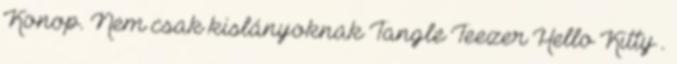
Konop. Nem csak kislányoknak Tangle Teezer Hello Kitty .